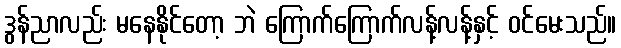
ဒွန်ညာလည်း မနေနိုင်တော့ ဘဲ ကြောက်ကြောက်လန့်လန့်နှင့် ဝင်မေးသည်။